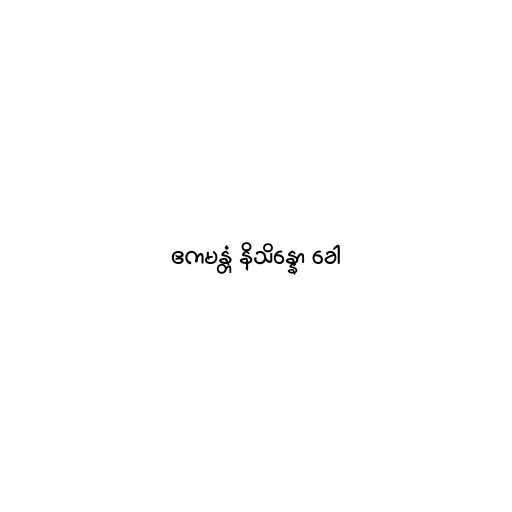
ဧကမန္တံ နိသိန္နော ခေါ